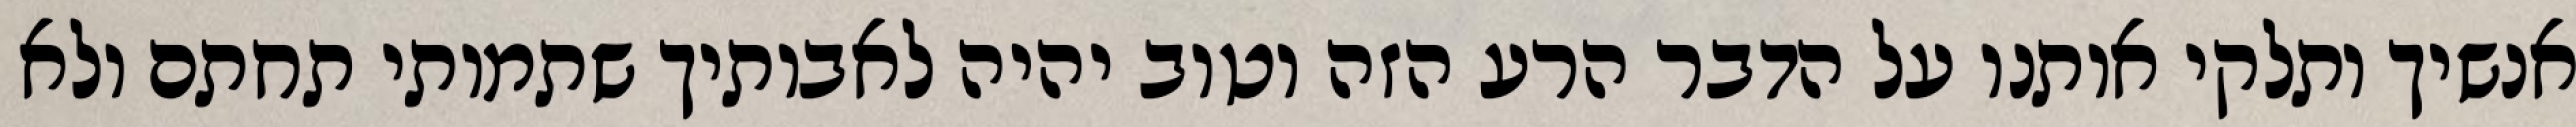
אנשיך ותלקי אותנו על הדבר הרע הזה וטוב יהיה לאבותיך שתמותי תחתם ולא